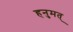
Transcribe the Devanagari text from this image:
हनुमत्